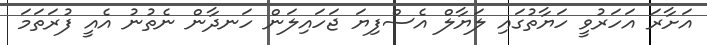
އަށާރަ އަހަރުވީ ހަޔާތުގައި ލަޔާލް އެސްފިޔަ ޖަހައިލަން ހަނދާން ނެތުނު އެއީ ފުރަތަމަ